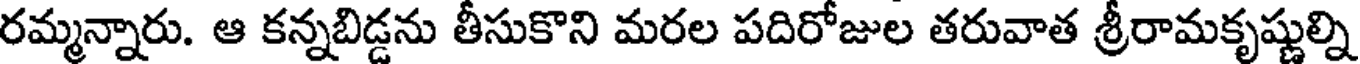
రమ్మన్నారు. ఆ కన్నబిడ్డను తీసుకొని మరల పదిరోజుల తరువాత శ్రీరామకృష్ణుల్ని